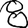
Digit: 8